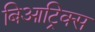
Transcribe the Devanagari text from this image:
बिआट्रिक्स